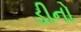
ડીનો